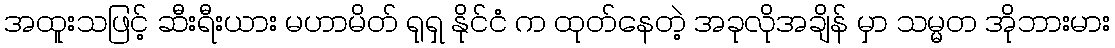
အထူးသဖြင့် ဆီးရီးယား မဟာမိတ် ရုရှ နိုင်ငံ က ထုတ်နေတဲ့ အခုလိုအချိန် မှာ သမ္မတ အိုဘားမား